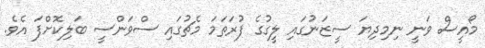
މޯއީސް ވަނީ ނިމިދިޔަ ސީޒަނުގައި ލީގުގެ ފުރަތަމަ މެޗުގައި ސްވަންސީ ބަލިކޮށްފަ އެވެ.